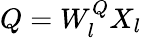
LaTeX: Q=W_{l}^{Q}X_{l}